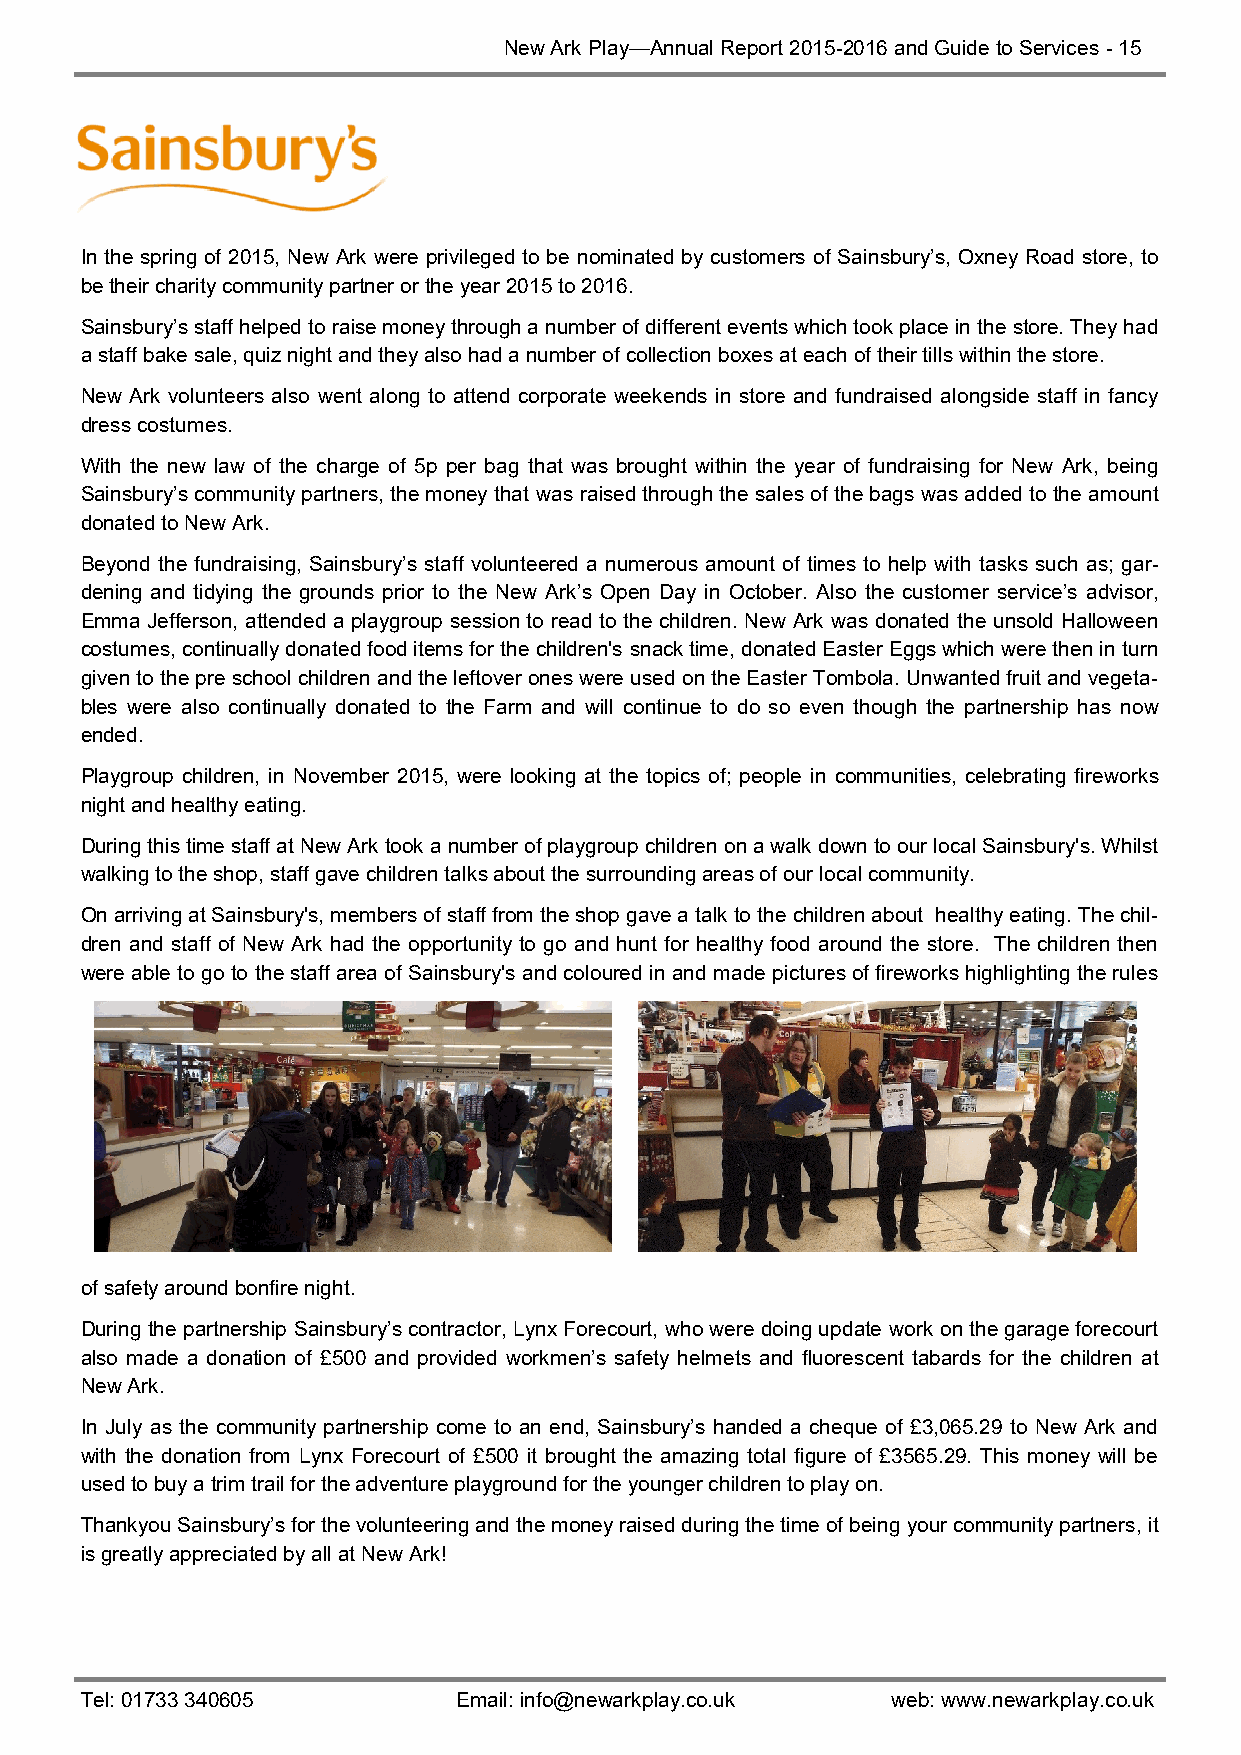
New Ark Play—Annual Report 2015-2016 and Guide to Services - 15
 In the spring of 2015, New Ark were privileged to be nominated by customers of Sainsbury’s, Oxney Road store, to
 be their charity community partner or the year 2015 to 2016.
 Sainsbury’s staff helped to raise money through a number of different events which took place in the store. They had
 a staff bake sale, quiz night and they also had a number of collection boxes at each of their tills within the store.
 New Ark volunteers also went along to attend corporate weekends in store and fundraised alongside staff in fancy
 dress costumes.
 With the new law of the charge of 5p per bag that was brought within the year of fundraising for New Ark, being
 Sainsbury’s community partners, the money that was raised through the sales of the bags was added to the amount
 donated to New Ark.
 Beyond the fundraising, Sainsbury’s staff volunteered a numerous amount of times to help with tasks such as; gar-
 dening and tidying the grounds prior to the New Ark’s Open Day in October. Also the customer service’s advisor,
 Emma Jefferson, attended a playgroup session to read to the children. New Ark was donated the unsold Halloween
 costumes, continually donated food items for the children's snack time, donated Easter Eggs which were then in turn
 given to the pre school children and the leftover ones were used on the Easter Tombola. Unwanted fruit and vegeta-
 bles were also continually donated to the Farm and will continue to do so even though the partnership has now
 ended.
 Playgroup children, in November 2015, were looking at the topics of; people in communities, celebrating fireworks
 night and healthy eating.
 During this time staff at New Ark took a number of playgroup children on a walk down to our local Sainsbury's. Whilst
 walking to the shop, staff gave children talks about the surrounding areas of our local community.
 On arriving at Sainsbury's, members of staff from the shop gave a talk to the children about healthy eating. The chil-
 dren and staff of New Ark had the opportunity to go and hunt for healthy food around the store. The children then
 were able to go to the staff area of Sainsbury's and coloured in and made pictures of fireworks highlighting the rules
 of safety around bonfire night.
 During the partnership Sainsbury’s contractor, Lynx Forecourt, who were doing update work on the garage forecourt
 also made a donation of £500 and provided workmen’s safety helmets and fluorescent tabards for the children at
 New Ark.
 In July as the community partnership come to an end, Sainsbury’s handed a cheque of £3,065.29 to New Ark and
 with the donation from Lynx Forecourt of £500 it brought the amazing total figure of £3565.29. This money will be
 used to buy a trim trail for the adventure playground for the younger children to play on.
 Thankyou Sainsbury’s for the volunteering and the money raised during the time of being your community partners, it
 is greatly appreciated by all at New Ark!
 Tel: 01733 340605        Email: info@newarkplay.co.uk web: www.newarkplay.co.uk